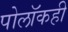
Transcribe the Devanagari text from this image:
पोलॉकही